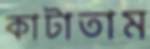
কাটাতাম